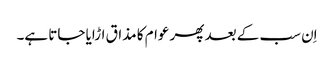
اِن سب کے بعد پھر عوام کا مذاق اڑایا جاتا ہے۔